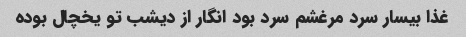
غذا بیسار سرد مرغشم سرد بود انگار از دیشب تو یخچال بوده